65_HS1-834228961_62-HQ-83894_Section_4
Agency: FBI
Page 169
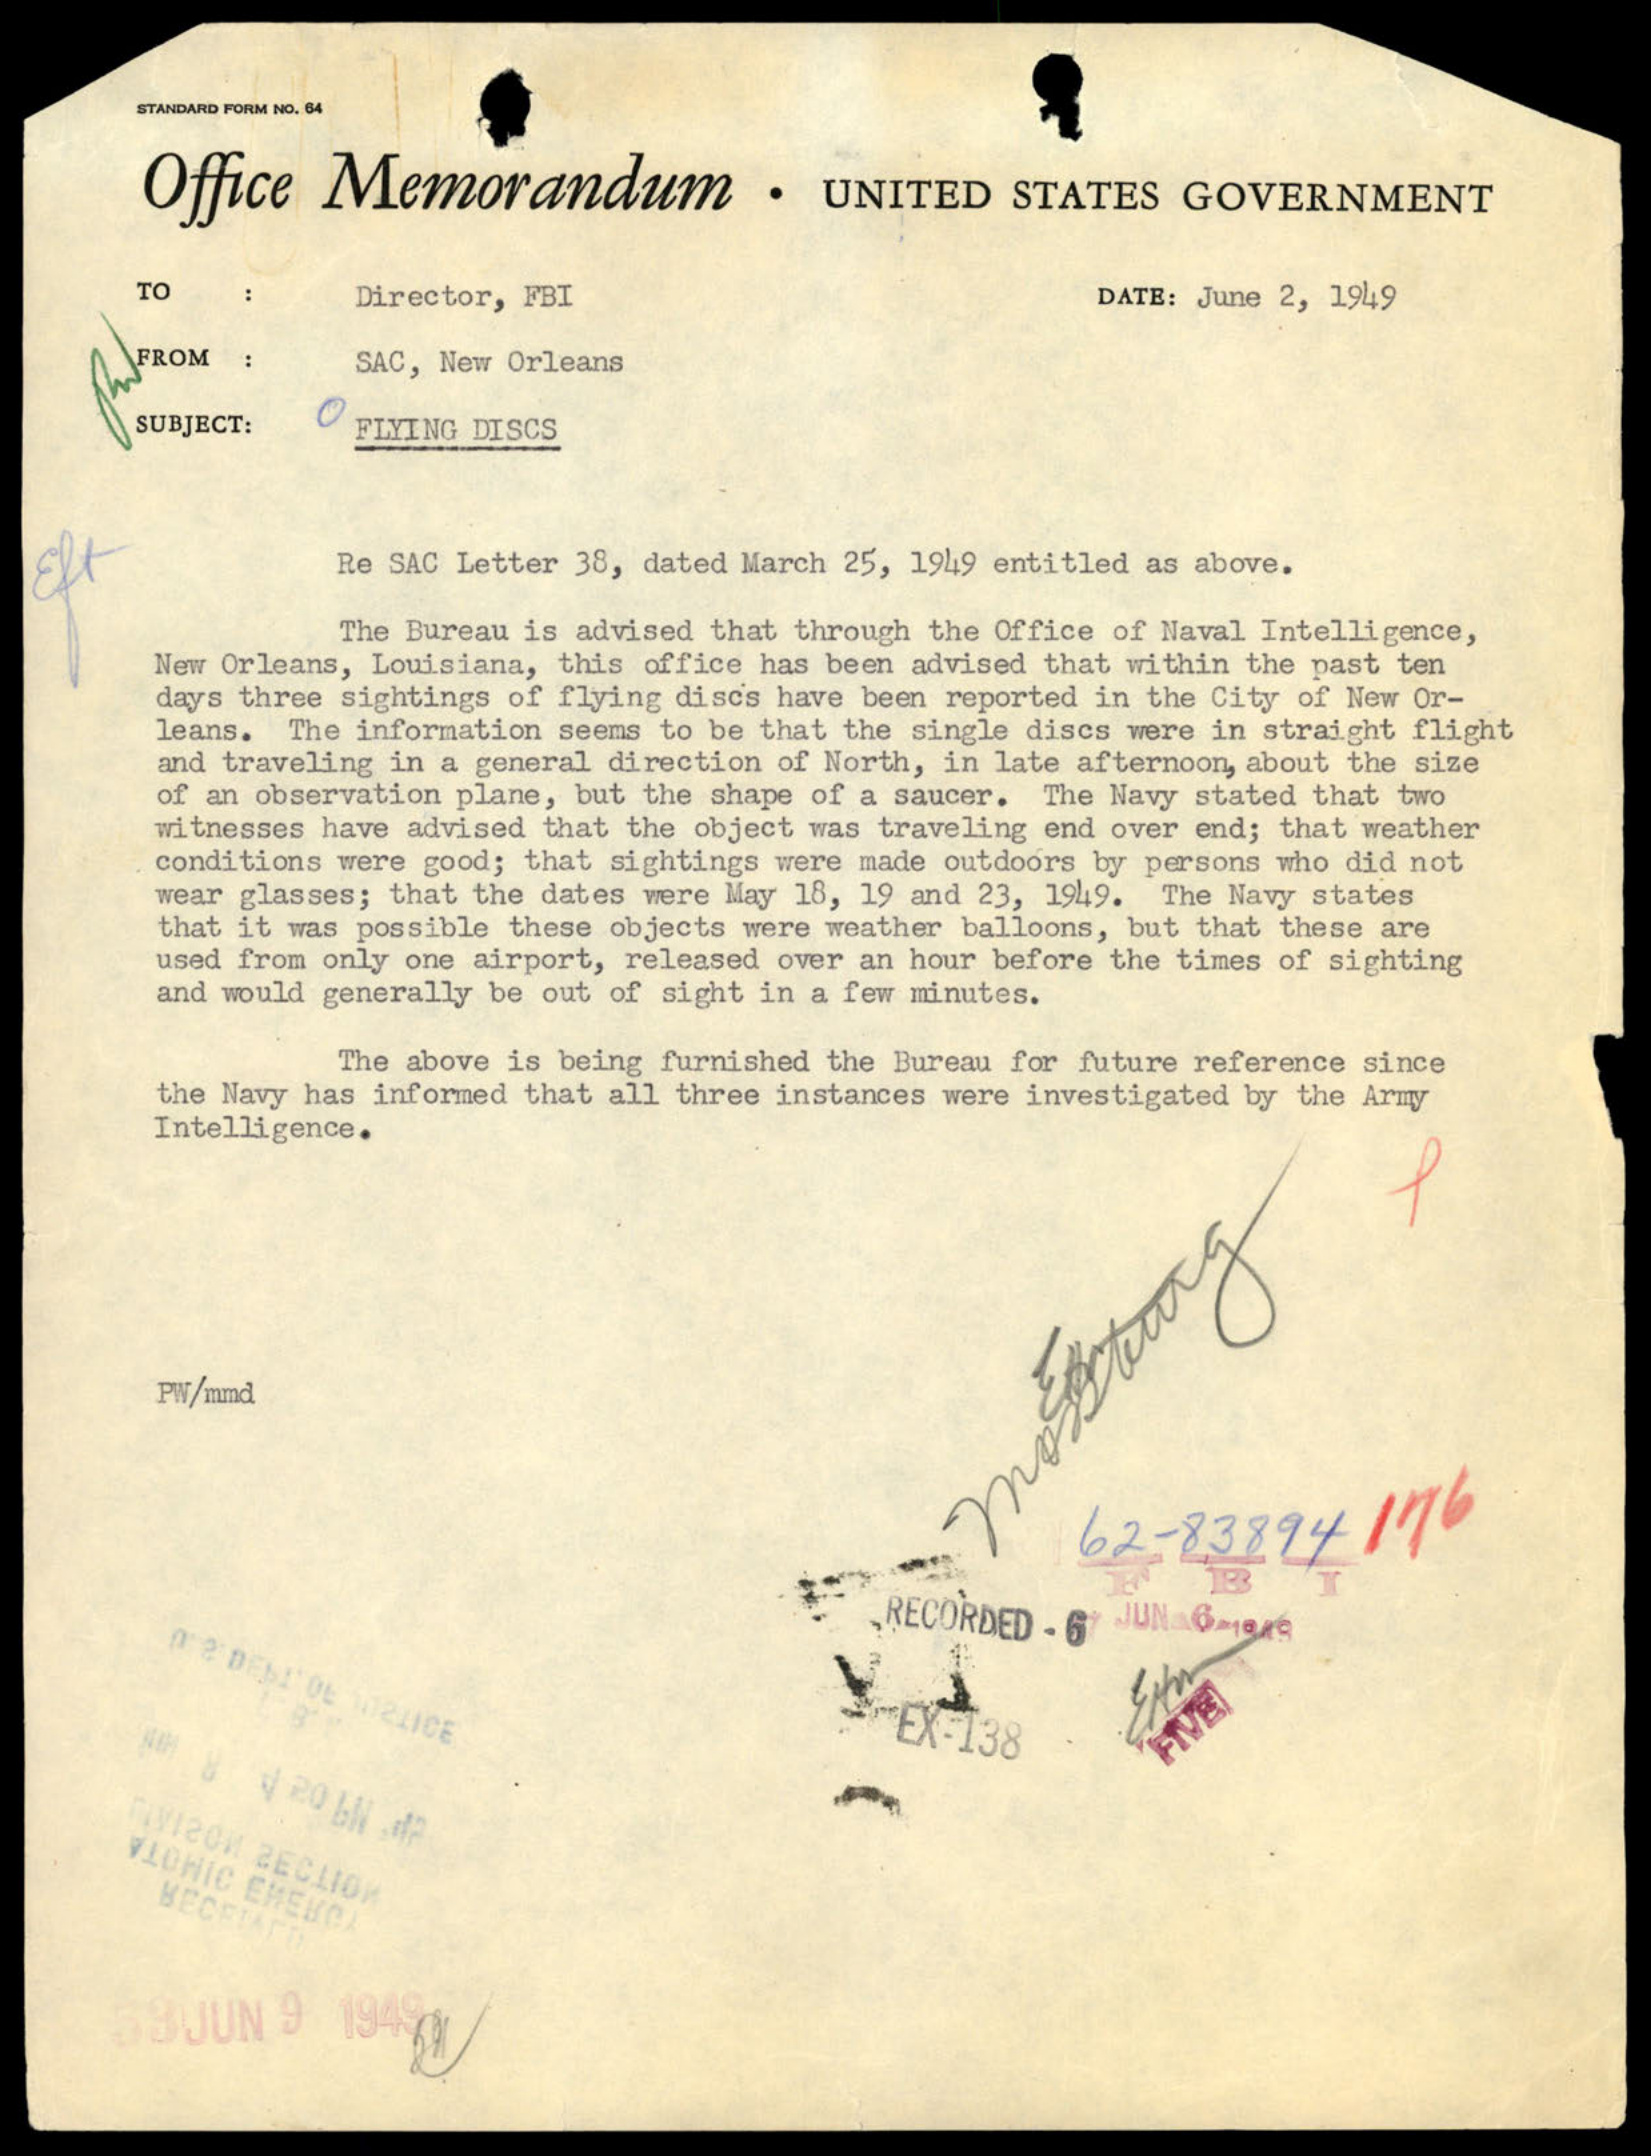